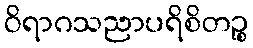
ဝိရာဂသညာပရိစိတဉ္စ